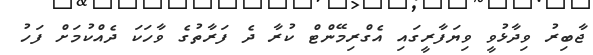
ޖާބިރު ވިދާޅުވީ ވިޔަފާރީގައި އެގްރިމޭންޓް ކުރާ ދެ ފަރާތުގެ ވާހަކަ ދެއްކުމަށް ފަހު